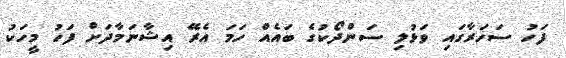
ފަހު ސަހަރާގައި ވަޅުލި ސަންދޯކުގެ ބައެއް ހަމަ އެރޭ އިޝާނަމާދަށް ފަހު މީހަކު